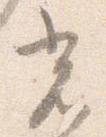
光